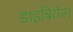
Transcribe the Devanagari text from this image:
डाइबियेस